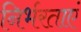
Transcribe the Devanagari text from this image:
निर्भरताएं